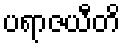
ပရာဇယီတိ